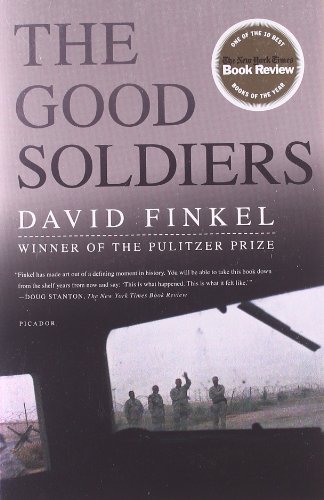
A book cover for The Good Soldiers; David Finkel; History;